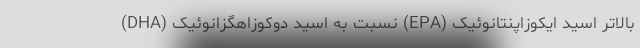
بالاتر اسید ایکوزاپنتانوئیک (EPA) نسبت به اسید دوکوزاهگزانوئیک (DHA)